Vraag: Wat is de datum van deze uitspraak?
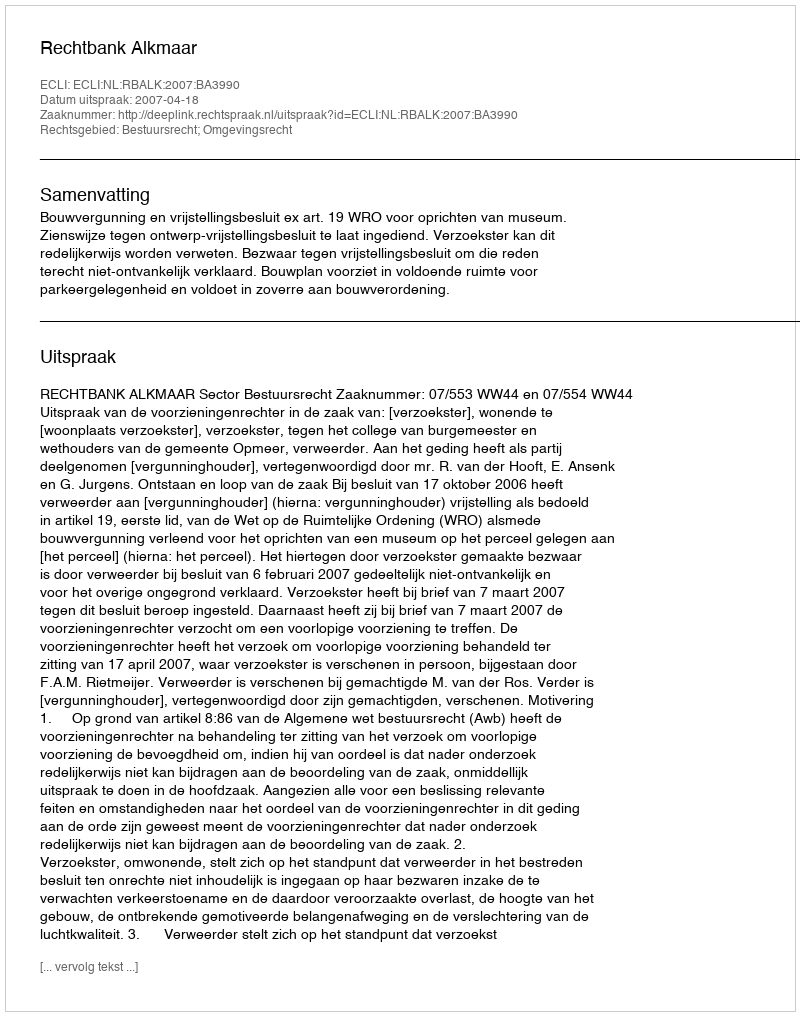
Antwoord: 2007-04-18